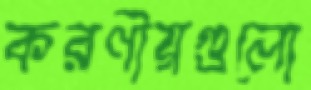
করণীয়গুলো